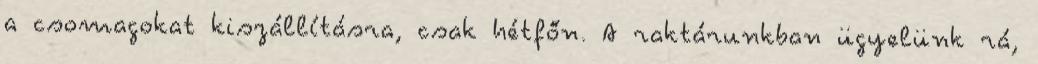
a csomagokat kiszállításra, csak hétfőn. A raktárunkban ügyelünk rá,